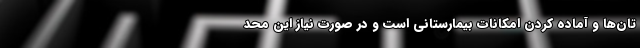
تان‌ها و آماده کردن امکانات بیمارستانی است و در صورت نیاز این محد